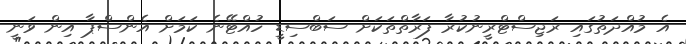
އެ މުއްދަތުގައި ރަޖިސްޓްރީނުކުރާ ފަރާތްތަކަށް ސަބްސިޑީ ހުއްޓޭނެ ކަމަށް އެންސްޕާ އިން ވަނީ